Report of an investigation into the causes of the diseases known in Assam as Kála-Azár and Beri-Beri
Disease focus: Beri-Beri
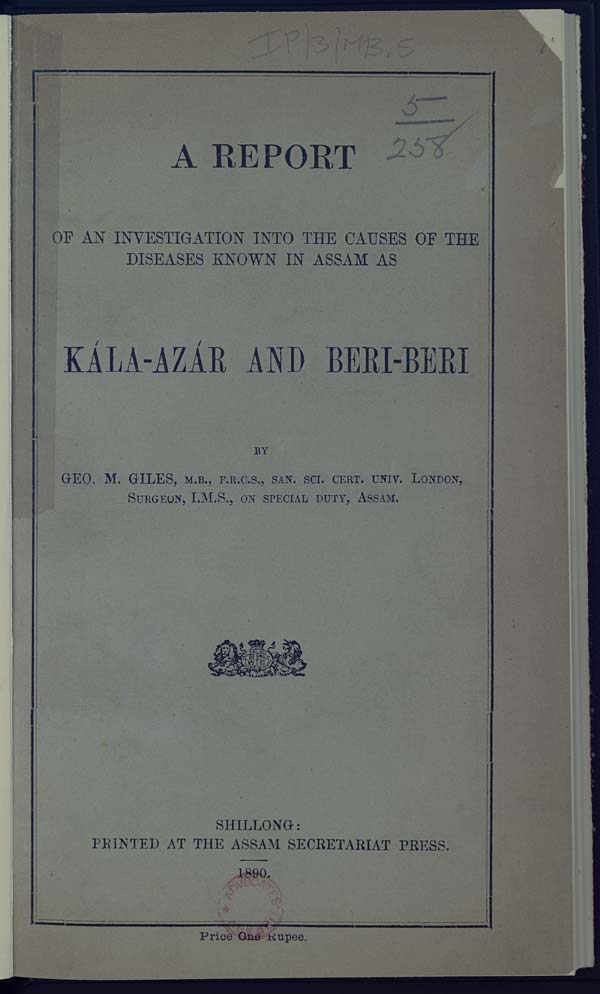
A REPORT
OF AN INVESTIGATION INTO THE CAUSES OF THE
DISEASES KNOWN IN ASSAM AS
KÁLA-AZÁR AND BERI-BERI
BY
GEO. M. GILES, M.B., F.R.C.S., SAN. SCI. CERT. UNIV. LONDON,
SURGEON, I.M.S., ON SPECIAL DUTY, ASSAM.
SHILLONG:
PRINTED AT THE ASSAM SECRETARIAT PRESS.
1890.
Price One Rupee.